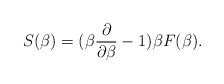
\begin{align*}S(\beta)=(\beta{\partial\over\partial\beta}-1)\beta F(\beta).\end{align*}